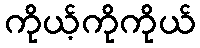
ကိုယ့်ကိုကိုယ်